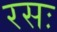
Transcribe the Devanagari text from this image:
रसः